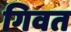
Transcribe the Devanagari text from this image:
गिवत